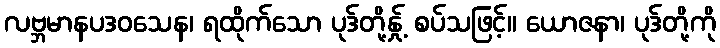
လဗ္ဘမာနပဒဝသေန၊ ရထိုက်သော ပုဒ်တို့နှု့် စပ်သဖြင့်။ ယောဇနာ၊ ပုဒ်တို့ကို